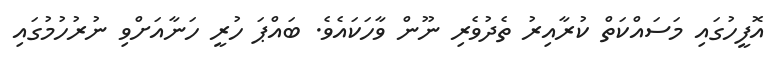
އޮފީހުގައި މަސައްކަތް ކުރާއިރު ތެދުވެރި ނޫން ވާހަކައެވެ. ބައްޕަ ހުރީ ހަނާއަށްވި ނުރުހުމުގައި